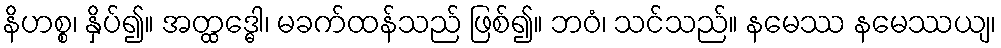
နိဟစ္စ၊ နှိပ်၍။ အတ္ထဒ္ဓေါ၊ မခက်ထန်သည် ဖြစ်၍။ ဘဝံ၊ သင်သည်။ နမေဿ နမေဿယျ၊